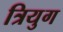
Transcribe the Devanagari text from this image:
त्रियुग